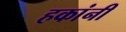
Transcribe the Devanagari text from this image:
हकांनी